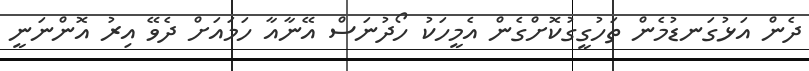
ދެން އަޅުގަނޑުމެން ތަހުގީގުކޮށްގެން އެމީހަކު ހޯދުނަސް އޭނާއާ ހަމައަށް ދެވޭ އިރު އޮންނަނީ